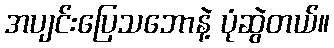
အပျင်းပြေသဘောနဲ့ ပုံဆွဲတယ်။